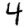
Digit: 4